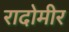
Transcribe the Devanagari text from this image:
रादोमीर